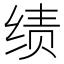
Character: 绩